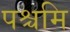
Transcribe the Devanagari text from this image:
पश्चमि